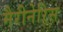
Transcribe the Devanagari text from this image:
मैरीनेरिस